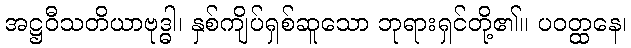
အဋ္ဌဝီသတိယာဗုဒ္ဓါ၊ နှစ်ကျိပ်ရှစ်ဆူသော ဘုရားရှင်တို့၏။ ပဝတ္ထနေ၊